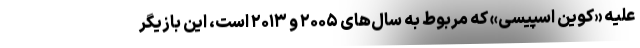
علیه «کوین اسپیسی» که مربوط به سال‌های ۲۰۰۵ و ۲۰۱۳ است، این بازیگر